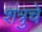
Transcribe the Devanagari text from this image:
शत्रुचे